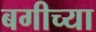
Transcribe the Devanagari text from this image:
बगीच्या